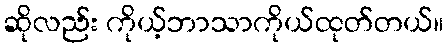
ဆိုလည်း ကိုယ့်ဘာသာကိုယ်ထုတ်တယ်။